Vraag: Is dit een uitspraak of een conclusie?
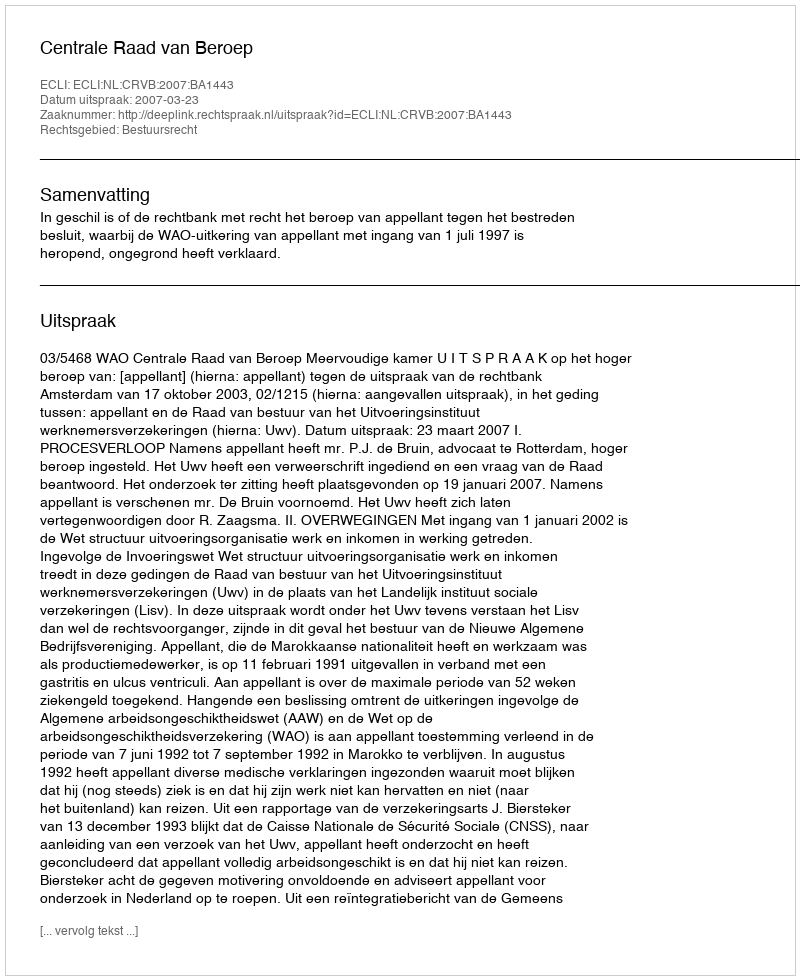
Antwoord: Uitspraak